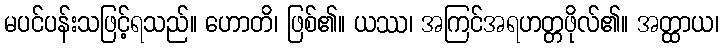
မပင်ပန်းသဖြင့်ရသည်။ ဟောတိ၊ ဖြစ်၏။ ယဿ၊ အကြင်အရဟတ္တဖိုလ်၏။ အတ္ထာယ၊